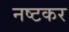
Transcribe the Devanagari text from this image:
नष्टकर